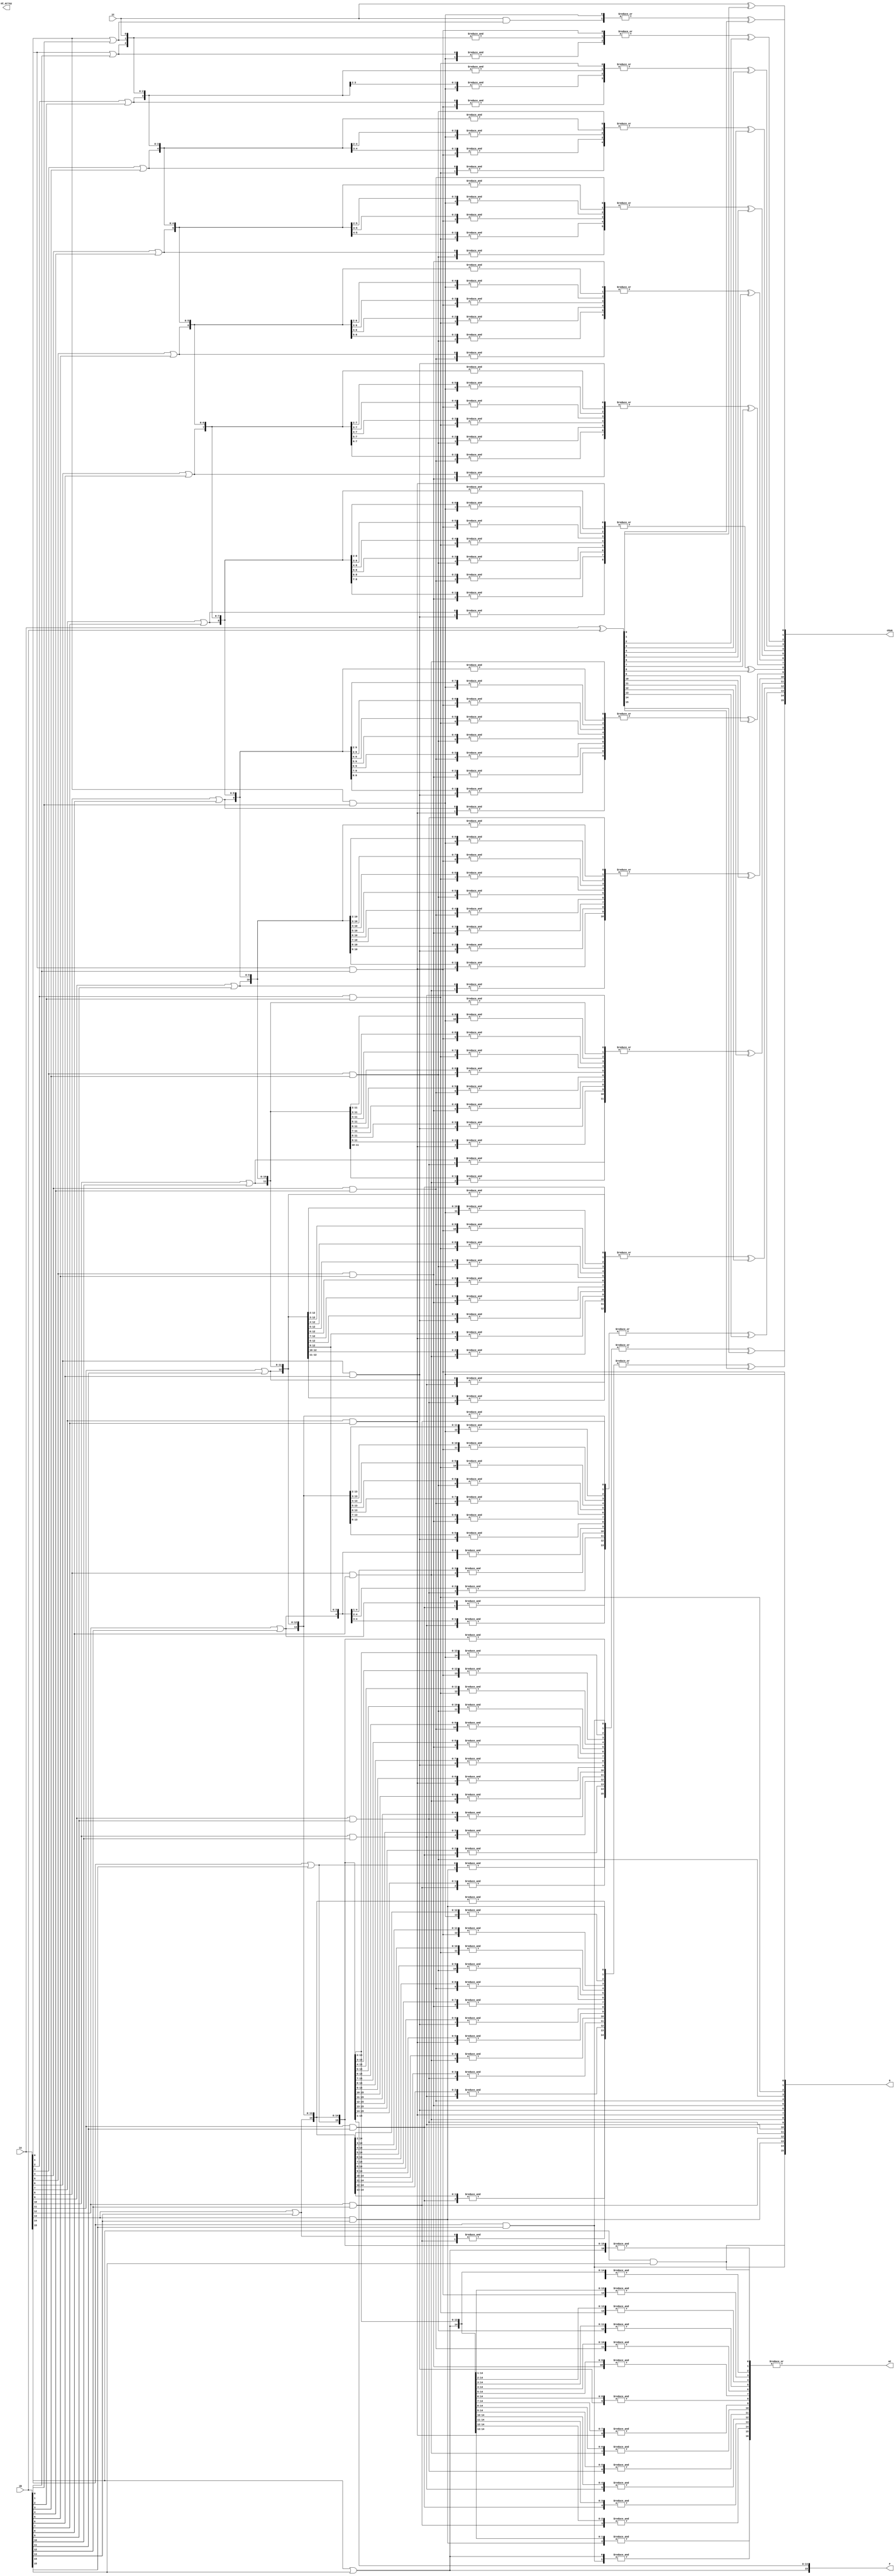
///////////////////////WNS == 1.617WHS == 0.244/////////////////
////module adder_16bit#(parameter ADDER_WIDTH = 16)(
////    input  wire [ADDER_WIDTH-1:0] iA, iB,
////    input  wire                   iC,
////    output wire [ADDER_WIDTH-1:0] oSum,
////    output wire [ADDER_WIDTH-1:0] G,P,
////    output wire                   oC    
////);

////    wire [ADDER_WIDTH/4:0] carries;
////    wire [ADDER_WIDTH-1:0] wG,wP;
////    assign carries[0] = iC;
////    genvar i;
////    generate
////        for (i=0; i<ADDER_WIDTH/4; i=i+1) begin
////        adder_4bit adder_4bit_inst (
////            .iA(iA[4*i+3:4*i]),
////            .iB(iB[4*i+3:4*i]),
////            .iC(carries[i]),
////            .oSum(oSum[4*i+3:4*i]),
////            .G(wG[4*i+3:4*i]),
////            .P(wP[4*i+3:4*i]),
////            .oC(carries[i+1])
////            //.oC(carries[i+1])
////        );
////        end 
////    endgenerate
    
////    Carry_lookahead_16bit Carry_lookahead_16bit_inst (
////        .G(wG),
////        .P(wP),
////        .iC(iC),
////        .oC(oC)
////    );
    
////    assign G  = wG;
////    assign P  = wP;
////endmodule

/////////////////////WNS == 1.526  WHS == 0.264/////////////////
////module adder_16bit#(parameter ADDER_WIDTH = 16)(
////    input  wire [ADDER_WIDTH-1:0] iA, iB,
////    input  wire                   iC,
////    output wire [ADDER_WIDTH-1:0] oSum,
////    output wire [ADDER_WIDTH-1:0] G,P,
////    output wire                   oC    
////);

////    wire [ADDER_WIDTH/4-2:0] wC, wC_0, wC_1;
////    wire [ADDER_WIDTH-1:0] wG,wP;
////    wire [(ADDER_WIDTH*3/4)-1:0] Sum_Buffer_0, Sum_Buffer_1;
////    adder_4bit adder_4bit_inst_1st (
////        .iA(iA[3:0]),
////        .iB(iB[3:0]),
////        .iC(iC),
////        .oSum(oSum[3:0]),
////        .G(wG[3:0]),
////        .P(wP[3:0]),
////        .oC(wC[0])
////    );
////    genvar i;
////    generate
////        for (i=1; i<ADDER_WIDTH/4; i=i+1) begin
////            //C=0
////            adder_4bit adder_4bit_inst (
////            .iA(iA[4*i+3:4*i]),
////            .iB(iB[4*i+3:4*i]),
////            .iC(0),
////            .oSum(Sum_Buffer_0[4*(i-1)+3:4*(i-1)]),
////            .G(wG[4*i+3:4*i]),
////            .P(wP[4*i+3:4*i]),
////            .oC(wC_0[i-1])
////        );
////        //C=1
////            adder_4bit adder_4bit_inst_1 (
////            .iA(iA[4*i+3:4*i]),
////            .iB(iB[4*i+3:4*i]),
////            .iC(1),
////            .oSum(Sum_Buffer_1[4*(i-1)+3:4*(i-1)]),
////            .oC(wC_1[i-1])
////        );
////        end 
////    endgenerate
////    assign wC[1] = (wC[0]==0) ? wC_0[0] : wC_1[0];
////    assign wC[2] = (wC[1]==0) ? wC_0[1] : wC_1[1];
////    assign oC = (wC[2]==0) ? wC_0[2] : wC_1[2];
////    assign oSum[7:4]   = (wC[0]==0) ? Sum_Buffer_0[3:0] : Sum_Buffer_1[3:0];
////    assign oSum[11:8]  = (wC[1]==0) ? Sum_Buffer_0[7:4] : Sum_Buffer_1[7:4];
////    assign oSum[15:12] = (wC[2]==0) ? Sum_Buffer_0[11:8] : Sum_Buffer_1[11:8];
////    assign G  = wG;
////    assign P  = wP;
////endmodule


//module adder_16bit#(parameter ADDER_WIDTH = 16)(
//    input  wire [ADDER_WIDTH-1:0] iA, iB,
//    input  wire                   iC,
//    output wire [ADDER_WIDTH-1:0] oSum,
//    output wire [ADDER_WIDTH-1:0] G,P,
//    output wire                   oC    
//);

//    wire [ADDER_WIDTH/4-1:0] wC, wC_0, wC_1;
//    wire [ADDER_WIDTH-1:0] wG,wP;
//    wire [ADDER_WIDTH/2-1:0] Sum_Buffer_0, Sum_Buffer_1;
//    adder_4bit adder_4bit_inst_1st (.iA(iA[3:0]),.iB(iB[3:0]),.iC(iC),.oSum(oSum[3:0]),.G(wG[3:0]),.P(wP[3:0]),.oC(wC[0]));
//    // 2nd
//    adder_4bit adder_4bit_inst_2nd (.iA(iA[7:4]),.iB(iB[7:4]),.iC(wC[0]),.oSum(oSum[7:4]),.G(wG[7:4]),.P(wP[7:4]),.oC(wC[1]));
//    ////////////////////////////////C=0/////////////////////////////
//    // 3rd 
//    adder_4bit adder_4bit_inst_3rd_0 (.iA(iA[11:8]),.iB(iB[11:8]),.iC(0),.oSum(Sum_Buffer_0[3:0]),.G(wG[11:8]),.P(wP[11:8]),.oC(wC_0[0]));
//    // 4th 
//    adder_4bit adder_4bit_inst_4th_0 (.iA(iA[15:12]),.iB(iB[15:12]),.iC(wC_0[0]),.oSum(Sum_Buffer_0[7:4]),.G(wG[15:12]),.P(wP[15:12]),.oC(wC_0[1]));
//    ////////////////////////////////C=1/////////////////////////////
//    // 3rd 
//    adder_4bit adder_4bit_inst_3rd_1 (.iA(iA[11:8]),.iB(iB[11:8]),.iC(1),.oSum(Sum_Buffer_1[3:0]),.oC(wC_1[0]));
//    // 4th 
//    adder_4bit adder_4bit_inst_4th_1 (.iA(iA[15:12]),.iB(iB[15:12]),.iC(wC_1[0]),.oSum(Sum_Buffer_1[7:4]),.oC(wC_1[1]));
//    /////////////////////////////////////////////////////////////
//    Carry_lookahead_16bit Carry_lookahead_16bit_inst (
//        .G(wG),
//        .P(wP),
//        .iC(iC),
//        .oC(oC)
//    );
//    Carry_lookahead_12bit Carry_lookahead_12bit_inst (
//        .G(wG[11:0]),
//        .P(wP[11:0]),
//        .iC(iC),
//        .oC(wC[3])
//    );
//    Carry_lookahead_8bit Carry_lookahead_8bit_inst (
//        .G(wG[7:0]),
//        .P(wP[7:0]),
//        .iC(iC),
//        .oC(wC[2])
//    );
//    //assign oC = (wC[2]==0) ? wC_0[1] : wC_1[1];
    
//    assign oSum[15:8] = (wC[2]==0) ? Sum_Buffer_0: Sum_Buffer_1;
//    assign G  = wG;
//    assign P  = wP;
//endmodule

//module adder_16bit#(parameter ADDER_WIDTH = 16)(
//    input  wire [ADDER_WIDTH-1:0] iA, iB,
//    input  wire                   iC,
//    output wire [ADDER_WIDTH-1:0] oSum,
//    output wire [ADDER_WIDTH-1:0] G,P,
//    output wire [ADDER_WIDTH-1:0] oC_array,
//    output wire                   oC    
//);

//    wire [ADDER_WIDTH/4-1:0] wC, wC_0, wC_1;
//    wire [ADDER_WIDTH-1:0] wG,wP;
//    wire [ADDER_WIDTH/2-1:0] Sum_Buffer_0, Sum_Buffer_1;
//    adder_4bit adder_4bit_inst_1st (.iA(iA[3:0]),.iB(iB[3:0]),.iC(iC),.oSum(oSum[3:0]),.G(wG[3:0]),.P(wP[3:0]),.oC(wC[0]));
//    // 2nd
//    adder_4bit adder_4bit_inst_2nd (.iA(iA[7:4]),.iB(iB[7:4]),.iC(wC[0]),.oSum(oSum[7:4]),.G(wG[7:4]),.P(wP[7:4]),.oC(wC[1]));
//    // 3rd 
//    adder_4bit adder_4bit_inst_3rd (.iA(iA[11:8]),.iB(iB[11:8]),.iC(wC[2]),.oSum(oSum[11:8]),.G(wG[11:8]),.P(wP[11:8]));
//    // 4th 
//    adder_4bit adder_4bit_inst_4th (.iA(iA[15:12]),.iB(iB[15:12]),.iC(wC[3]),.oSum(oSum[15:12]),.G(wG[15:12]),.P(wP[15:12]));

//    Carry_lookahead_8bit Carry_lookahead_8bit_inst (
//        .G(wG[7:0]),
//        .P(wP[7:0]),
//        .iC(iC),
//        .oC(wC[2])
//    );
//    Carry_lookahead_12bit Carry_lookahead_12bit_inst (
//        .G(wG[11:0]),
//        .P(wP[11:0]),
//        .iC(iC),
//        .oC(wC[3])
//    );
//    Carry_lookahead_16bit Carry_lookahead_16bit_inst (
//        .G(wG),
//        .P(wP),
//        .iC(iC),
//        .oC(oC)
//    );
//    //assign oC = (wC[2]==0) ? wC_0[1] : wC_1[1];
    
//    assign G  = wG;
//    assign P  = wP;
//endmodule

///////////////////WNS == 1.617WHS == 0.244/////////////////
module adder_16bit#(parameter ADDER_WIDTH = 16)(
    input  wire [ADDER_WIDTH-1:0] iA, iB,
    input  wire iC,
    output wire [ADDER_WIDTH-1:0] oSum,
    output wire [ADDER_WIDTH-1:0] G,
    output wire [ADDER_WIDTH-1:0] P,
    output wire [ADDER_WIDTH-1:0] oC_array,
    output wire oC
);
    wire [ADDER_WIDTH-1:0] wP;// = iA | iB;
    wire [ADDER_WIDTH-1:0] wS = iA ^ iB;
    wire [ADDER_WIDTH-1:0] wG;// = iA & iB;
    wire [ADDER_WIDTH:0] wC;
    assign wC[0] = iC;
    assign wC[1] =  |{wG[0], iC&wP[0]};
    assign wC[2] =  |{wG[1], &{wG[0], wP[1]}, &{iC,wP[1:0]}};
    assign wC[3] =  |{wG[2], &{wG[1], wP[2]}, &{wG[0], wP[2:1]},  &{iC,wP[2:0]}};
    assign wC[4] =  |{wG[3], &{wG[2], wP[3]}, &{wG[1], wP[3:2]},  &{wG[0], wP[3:1]},&{iC,wP[3:0]}};
    assign wC[5] =  |{wG[4], &{wG[3], wP[4]}, &{wG[2], wP[4:3]},  &{wG[1], wP[4:2]},  &{wG[0], wP[4:1]},  &{iC,wP[4:0]}};
    assign wC[6] =  |{wG[5], &{wG[4], wP[5]}, &{wG[3], wP[5:4]},  &{wG[2], wP[5:3]},  &{wG[1], wP[5:2]},  &{wG[0], wP[5:1]},  &{iC,wP[5:0]}};
    assign wC[7] =  |{wG[6], &{wG[5], wP[6]}, &{wG[4], wP[6:5]},  &{wG[3], wP[6:4]},  &{wG[2], wP[6:3]},  &{wG[1], wP[6:2]},  &{wG[0],wP[6:1]},  &{iC,wP[6:0]}};
    assign wC[8] =  |{wG[7], &{wG[6], wP[7]}, &{wG[5], wP[7:6]},  &{wG[4], wP[7:5]},  &{wG[3], wP[7:4]},  &{wG[2], wP[7:3]},  &{wG[1],wP[7:2]},  &{wG[0],wP[7:1]}, &{iC,wP[7:0]}};
    assign wC[9] =  |{wG[8], &{wG[7], wP[8]}, &{wG[6], wP[8:7]},  &{wG[5], wP[8:6]},  &{wG[4], wP[8:5]},  &{wG[3], wP[8:4]},  &{wG[2],wP[8:3]},  &{wG[1],wP[8:2]}, &{wG[0],wP[8:1]}, &{iC,wP[8:0]}};
    assign wC[10] = |{wG[9], &{wG[8], wP[9]}, &{wG[7], wP[9:8]},  &{wG[6], wP[9:7]},  &{wG[5], wP[9:6]},  &{wG[4], wP[9:5]},  &{wG[3],wP[9:4]},  &{wG[2],wP[9:3]}, &{wG[1],wP[9:2]}, &{wG[0],wP[9:1]}, &{iC,wP[9:0]}};
    assign wC[11] = |{wG[10],&{wG[9], wP[10]},&{wG[8], wP[10:9]}, &{wG[7], wP[10:8]}, &{wG[6], wP[10:7]}, &{wG[5], wP[10:6]}, &{wG[4],wP[10:5]}, &{wG[3],wP[10:4]},&{wG[2],wP[10:3]},&{wG[1],wP[10:2]},&{wG[0],wP[10:1]},&{iC,wP[10:0]}};
    assign wC[12] = |{wG[11],&{wG[10],wP[11]},&{wG[9], wP[11:10]},&{wG[8], wP[11:9]}, &{wG[7], wP[11:8]}, &{wG[6], wP[11:7]}, &{wG[5],wP[11:6]}, &{wG[4],wP[11:5]},&{wG[3],wP[11:4]},&{wG[2],wP[11:3]},&{wG[1],wP[11:2]},&{wG[0],wP[11:1]},&{iC,wP[11:0]}};
    assign wC[13] = |{wG[12],&{wG[11],wP[12]},&{wG[10],wP[12:11]},&{wG[9], wP[12:10]},&{wG[8], wP[12:9]}, &{wG[7], wP[12:8]}, &{wG[6],wP[12:7]}, &{wG[5],wP[12:6]},&{wG[4],wP[12:5]},&{wG[3],wP[12:4]},&{wG[2],wP[12:3]},&{wG[1],wP[12:2]},&{wG[0],wP[12:1]},&{iC,wP[12:0]}};
    assign wC[14] = |{wG[13],&{wG[12],wP[13]},&{wG[11],wP[13:12]},&{wG[10],wP[13:11]},&{wG[9], wP[13:10]},&{wG[8], wP[13:9]}, &{wG[7],wP[13:8]}, &{wG[6],wP[13:7]},&{wG[5],wP[13:6]},&{wG[4],wP[13:5]},&{wG[3],wP[13:4]},&{wG[2],wP[13:3]},&{wG[1],wP[13:2]},&{wG[0],wP[13:1]},&{iC,wP[13:0]}};
    assign wC[15] = |{wG[14],&{wG[13],wP[14]},&{wG[12],wP[14:13]},&{wG[11],wP[14:12]},&{wG[10],wP[14:11]},&{wG[9], wP[14:10]},&{wG[8],wP[14:9]}, &{wG[7],wP[14:8]},&{wG[6],wP[14:7]},&{wG[5],wP[14:6]},&{wG[4],wP[14:5]},&{wG[3],wP[14:4]},&{wG[2],wP[14:3]},&{wG[1],wP[14:2]},&{wG[0],wP[14:1]},&{iC,wP[14:0]}};
    assign wC[16] = |{wG[15],&{wG[14],wP[15]},&{wG[13],wP[15:14]},&{wG[12],wP[15:13]},&{wG[11],wP[15:12]},&{wG[10],wP[15:11]},&{wG[9],wP[15:10]},&{wG[8],wP[15:9]},&{wG[7],wP[15:8]},&{wG[6],wP[15:7]},&{wG[5],wP[15:6]},&{wG[4],wP[15:5]},&{wG[3],wP[15:4]},&{wG[2],wP[15:3]},&{wG[1],wP[15:2]},&{wG[0],wP[15:1]},&{iC,wP[15:0]}};
    genvar i;
    generate
        for (i=0; i<ADDER_WIDTH; i=i+1) begin
            assign oSum[i] = wC[i] ^ wS[i], P[i] = iA[i] | iB[i], wG[i] = iA[i] & iB[i];
        end 
    endgenerate
    assign oC = wC[ADDER_WIDTH];
    assign G = wG;
    assign P = wP;
endmodule